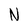
Character: N